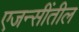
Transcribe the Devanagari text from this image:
एजन्सींतील